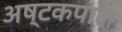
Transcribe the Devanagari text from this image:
अष्टकपाल